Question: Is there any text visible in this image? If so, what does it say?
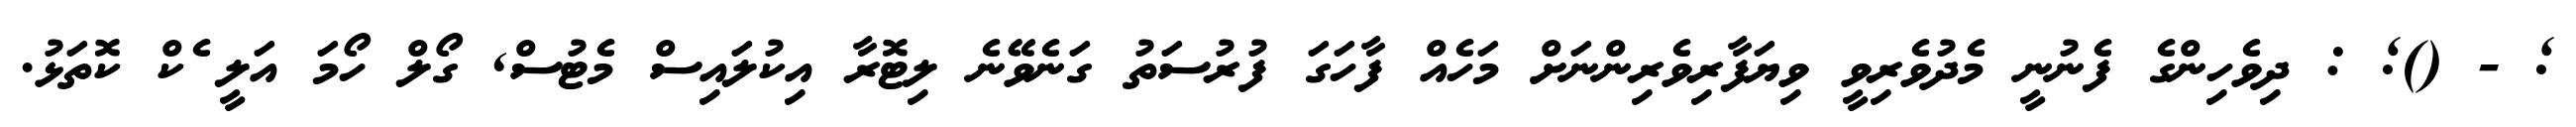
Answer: ; - (); : ދިވެހިންގެ ފެނުނީ މެދުވެރިވީ ވިޔަފާރިވެރިންނަށް މަހެއް ފާހަގަ ފުރުސަތު ގަނެވޭނެ ލިޓޮރާ އިކުލައިސް މެޓުސް, ގޯލް ހޯމަ އަލީ ެކް ކޮތަޅު.